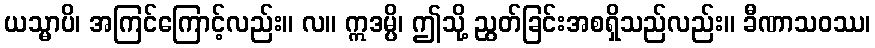
ယသ္မာပိ၊ အကြင်ကြောင့်လည်း။ လ။ ဣဒမ္ပိ၊ ဤသို့ ညွတ်ခြင်းအစရှိသည်လည်း။ ခီဏာသဝဿ၊